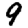
Digit: 9